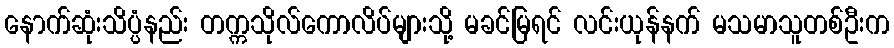
နောက်ဆုံးသိပ္ပံနည်း တက္ကသိုလ်ကောလိပ်များသို့ မခင်မြရင် လင်းယုန်နက် မသမာသူတစ်ဦးက